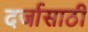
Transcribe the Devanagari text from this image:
दर्जासाठी